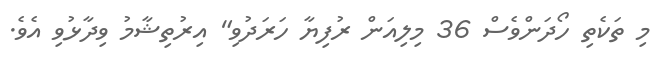
މި ތަކެތި ހޯދަންވެސް 36 މިލިއަން ރުފިޔާ ހަރަދުވި" އިރުތިޝާމު ވިދާޅުވި އެވެ.